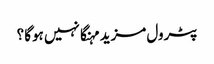
پٹرول مزید مہنگا نہیں ہوگا ؟